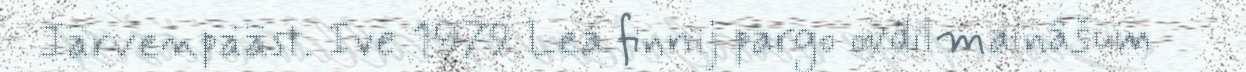
Järvenpääst. Ive 1979 Lea finnij pargo ovdilmainâšum